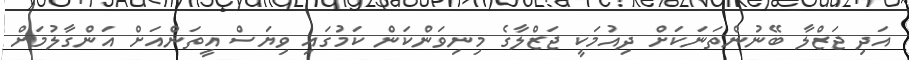
އަދި ޖަޒްލާ ބޭނުންތަނަކަށް ދިއުމަކީ ޖަޒްލާގެ މިނިވަންކަން ކަމުގައި ވިޔަސް އީތަންއަށް އަންގާލުމަށް